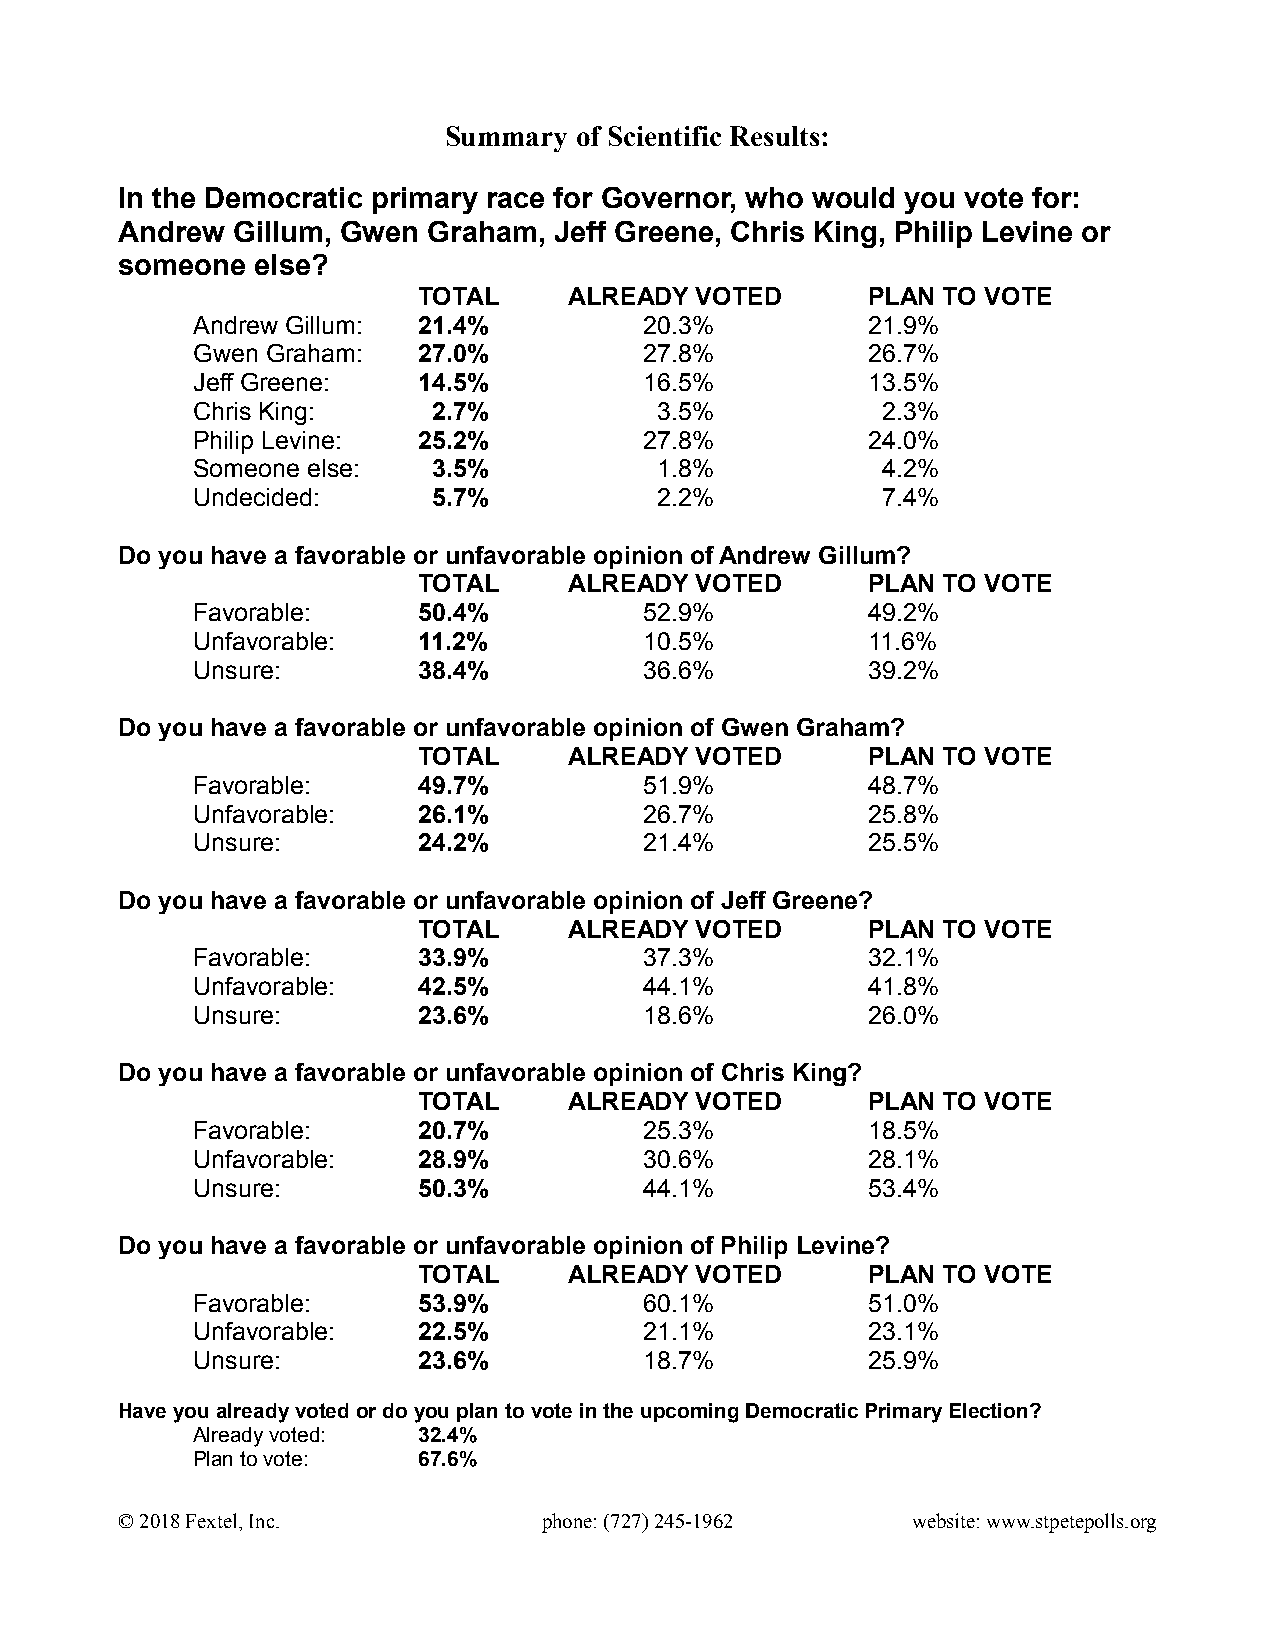
Summary  of Scientific Results:
 In the Democratic primary race for Governor, who would you vote for:
 Andrew Gillum, Gwen Graham,  Jeff Greene, Chris King, Philip Levine or
 someone  else?
 TOTAL     ALREADY VOTED      PLAN TO VOTE
 Andrew Gillum: 21.4%          20.3%         21.9%
 Gwen Graham:   27.0%          27.8%         26.7%
 Jeff Greene:   14.5%          16.5%         13.5%
 Chris King:     2.7%           3.5%          2.3%
 Philip Levine: 25.2%          27.8%         24.0%
 Someone else:   3.5%           1.8%          4.2%
 Undecided:      5.7%           2.2%          7.4%
 Do you have a favorable or unfavorable opinion of Andrew Gillum?
 TOTAL     ALREADY VOTED      PLAN TO VOTE
 Favorable:     50.4%          52.9%         49.2%
 Unfavorable:   11.2%          10.5%         11.6%
 Unsure:        38.4%          36.6%         39.2%
 Do you have a favorable or unfavorable opinion of Gwen Graham?
 TOTAL     ALREADY VOTED      PLAN TO VOTE
 Favorable:     49.7%          51.9%         48.7%
 Unfavorable:   26.1%          26.7%         25.8%
 Unsure:        24.2%          21.4%         25.5%
 Do you have a favorable or unfavorable opinion of Jeff Greene?
 TOTAL     ALREADY VOTED      PLAN TO VOTE
 Favorable:     33.9%          37.3%         32.1%
 Unfavorable:   42.5%          44.1%         41.8%
 Unsure:        23.6%          18.6%         26.0%
 Do you have a favorable or unfavorable opinion of Chris King?
 TOTAL     ALREADY VOTED      PLAN TO VOTE
 Favorable:     20.7%          25.3%         18.5%
 Unfavorable:   28.9%          30.6%         28.1%
 Unsure:        50.3%          44.1%         53.4%
 Do you have a favorable or unfavorable opinion of Philip Levine?
 TOTAL     ALREADY VOTED      PLAN TO VOTE
 Favorable:     53.9%          60.1%         51.0%
 Unfavorable:   22.5%          21.1%         23.1%
 Unsure:        23.6%          18.7%         25.9%
 Have you already voted or do you plan to vote in the upcoming Democratic Primary Election?
 Already voted: 32.4%
 Plan to vote:  67.6%
 © 2018 Fextel, Inc.         phone: (727) 245-1962   website: www.stpetepolls.org